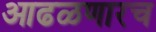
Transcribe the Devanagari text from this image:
आढळणारच